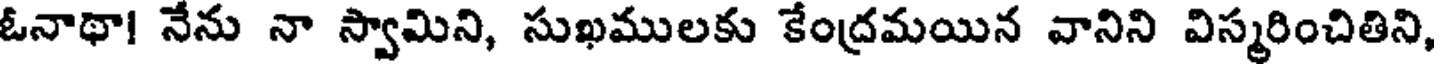
ఓనాథా! నేను నా స్వామిని, సుఖములకు కేంద్రమయిన వానిని విస్మరించితిని,